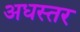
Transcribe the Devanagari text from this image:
अधस्तर